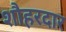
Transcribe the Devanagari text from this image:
शौहरदार